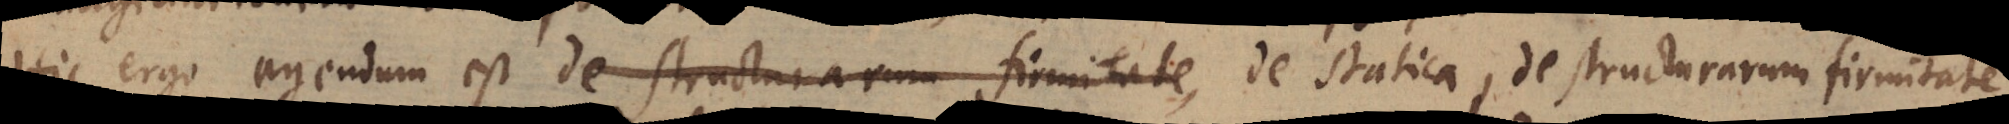
Hic ergo agendum est de structurarum firmitate, de statica, de structurarum firmitate